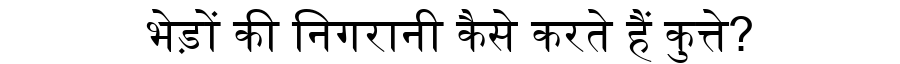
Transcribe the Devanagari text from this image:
भेड़ों की निगरानी कैसे करते हैं कुत्ते?